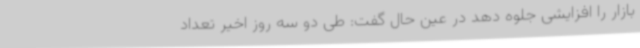
بازار را افزایشی جلوه دهد در عین حال گفت: طی دو سه روز اخیر تعداد